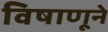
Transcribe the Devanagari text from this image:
विषाणूने